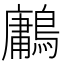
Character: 鷛